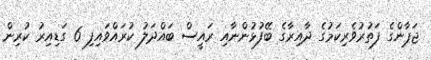
ޖަޕާންގެ ފަތުރުވެރިކަމުގެ ދާއިރާގެ ބޭފުޅުންނާއި ރައީސް ބައްދަލު ކުރައްވައިފި 6 ގަޑިއިރު ކުރިން